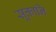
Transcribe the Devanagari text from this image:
सूक्तानि